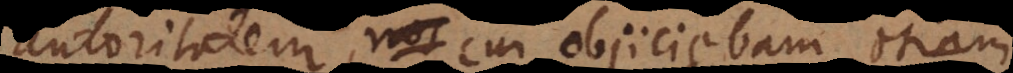
autoritatem, nos cui objiciebam etiam